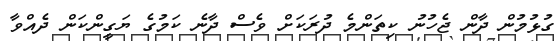
ގުޅުމުން ދާން ޖެހުނު ކިތަންމެ ދުރަކަށް ވެސް ދާނެ ކަމުގެ ޔަގީންކަން ދެއްވާ